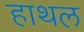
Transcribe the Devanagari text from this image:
हाथल